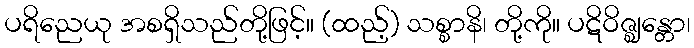
ပရိညေယု အစရှိသည်တို့ဖြင့်။ (ထည့်) သစ္စာနိ၊ တို့ကို။ ပဋိဝိဇ္ဈန္တော၊